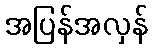
အပြန်အလှန်